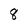
Character: 8